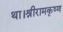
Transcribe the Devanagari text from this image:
था।श्रीरामकृष्ण